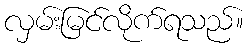
လှမ်းမြင်လိုက်ရသည်။